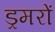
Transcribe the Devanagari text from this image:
ड्रमरों